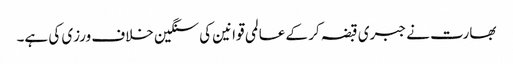
بھارت نے جبری قبضہ کر کے عالمی قوانین کی سنگین خلاف ورزی کی ہے۔